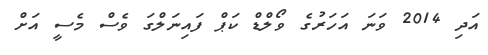
އަދި 2014 ވަނަ އަހަރުގެ ވޯލްޑް ކަޕް ފައިނަލްގަ ވެސް މެސީ އަށް